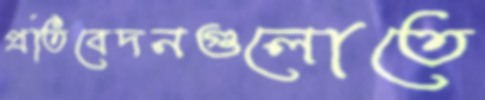
প্রতিবেদনগুলোতে